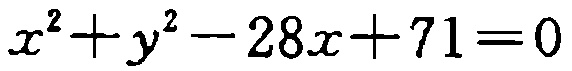
\(x^{2}+y^{2}-28x + 71 = 0\)